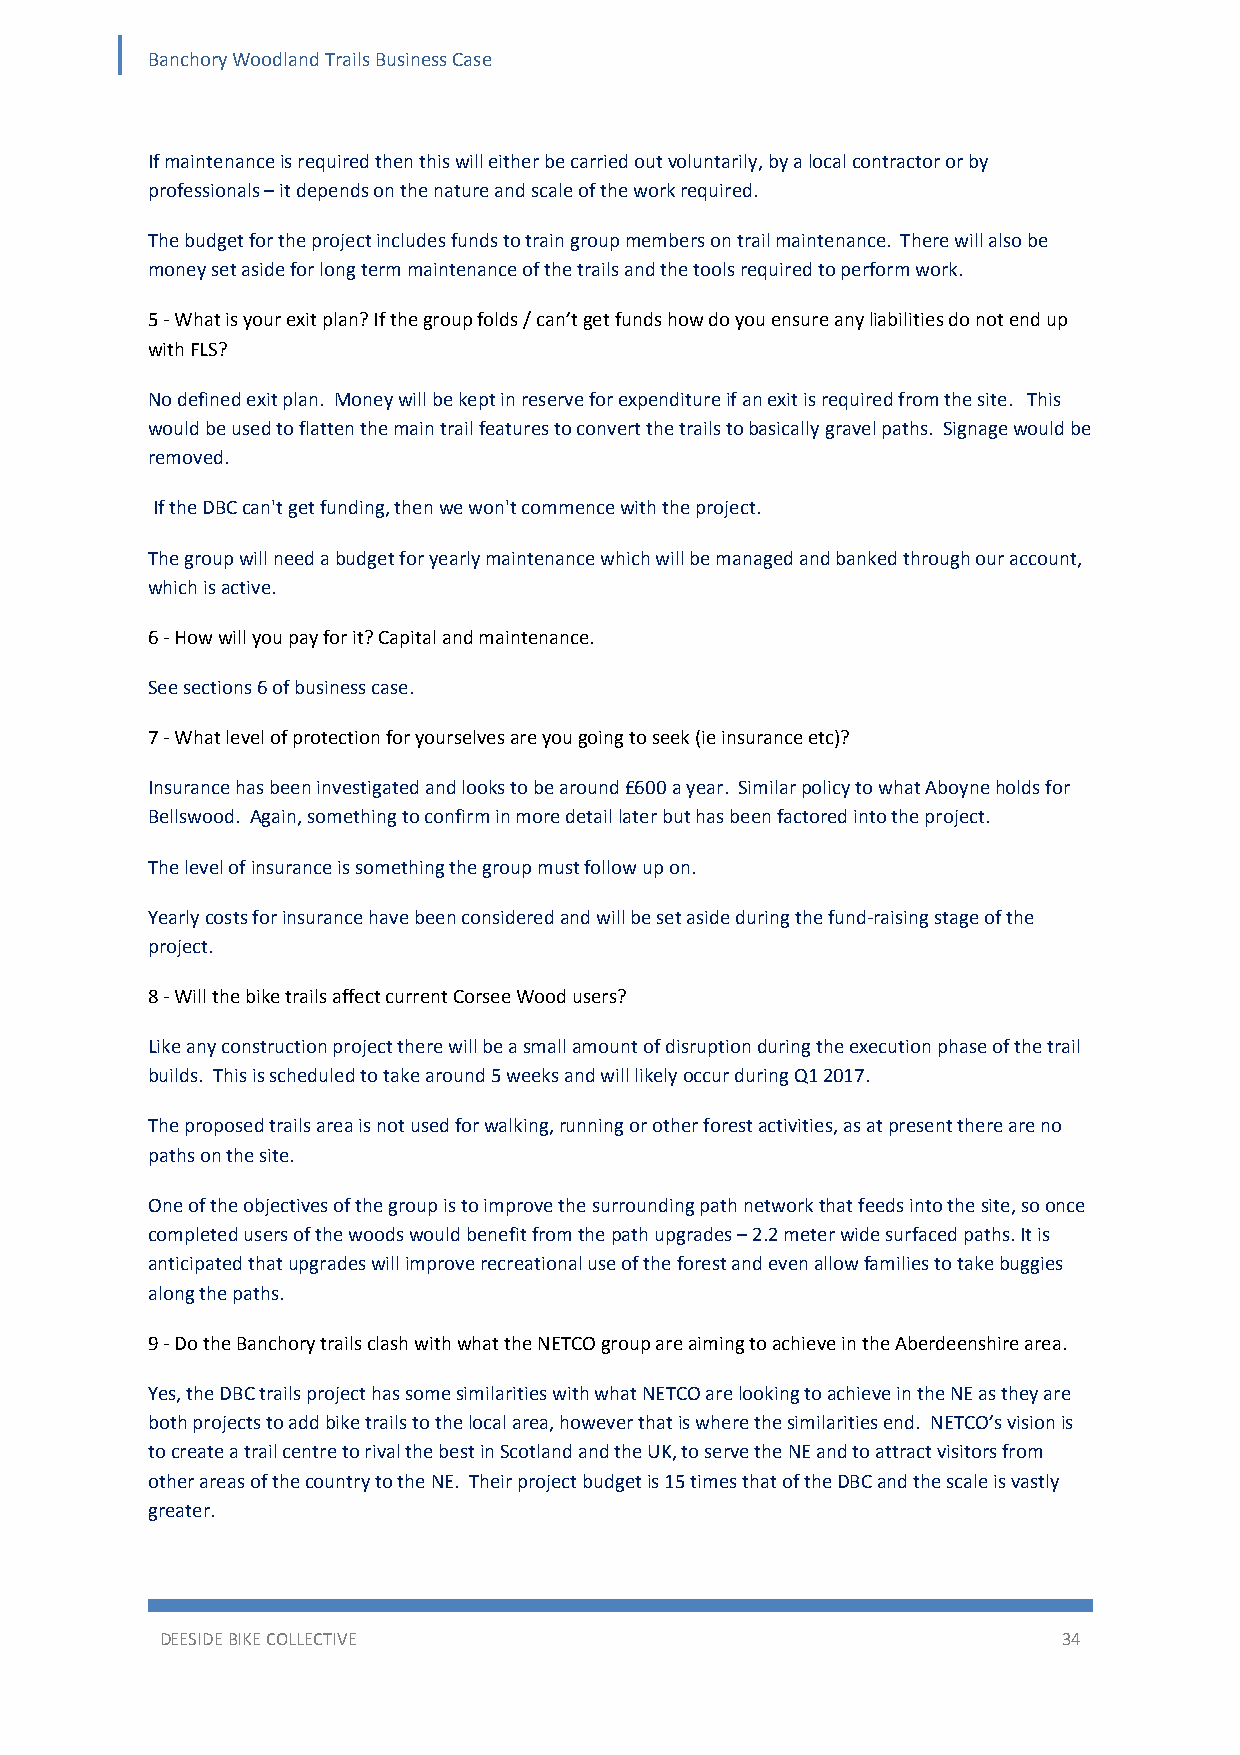
Banchory Woodland Trails Business Case
 If maintenance is required then this will either be carried out voluntarily, by a local contractor or by
 professionals – it depends on the nature and scale of the work required.
 The budget for the project includes funds to train group members on trail maintenance. There will also be
 money set aside for long term maintenance of the trails and the tools required to perform work.
 5 ‐ What is your exit plan? If the group folds / can’t get funds how do you ensure any liabilities do not end up
 with FLS?
 No defined exit plan. Money will be kept in reserve for expenditure if an exit is required from the site. This
 would be used to flatten the main trail features to convert the trails to basically gravel paths. Signage would be
 removed.
 If the DBC can't get funding, then we won't commence with the project.
 The group will need a budget for yearly maintenance which will be managed and banked through our account,
 which is active.
 6 ‐ How will you pay for it? Capital and maintenance.
 See sections 6 of business case.
 7 ‐ What level of protection for yourselves are you going to seek (ie insurance etc)?
 Insurance has been investigated and looks to be around £600 a year. Similar policy to what Aboyne holds for
 Bellswood. Again, something to confirm in more detail later but has been factored into the project.
 The level of insurance is something the group must follow up on.
 Yearly costs for insurance have been considered and will be set aside during the fund‐raising stage of the
 project.
 8 ‐ Will the bike trails affect current Corsee Wood users?
 Like any construction project there will be a small amount of disruption during the execution phase of the trail
 builds. This is scheduled to take around 5 weeks and will likely occur during Q1 2017.
 The proposed trails area is not used for walking, running or other forest activities, as at present there are no
 paths on the site.
 One of the objectives of the group is to improve the surrounding path network that feeds into the site, so once
 completed users of the woods would benefit from the path upgrades – 2.2 meter wide surfaced paths. It is
 anticipated that upgrades will improve recreational use of the forest and even allow families to take buggies
 along the paths.
 9 ‐ Do the Banchory trails clash with what the NETCO group are aiming to achieve in the Aberdeenshire area.
 Yes, the DBC trails project has some similarities with what NETCO are looking to achieve in the NE as they are
 both projects to add bike trails to the local area, however that is where the similarities end. NETCO’s vision is
 to create a trail centre to rival the best in Scotland and the UK, to serve the NE and to attract visitors from
 other areas of the country to the NE. Their project budget is 15 times that of the DBC and the scale is vastly
 greater.
 DEESIDE BIKE COLLECTIVE                                    34